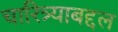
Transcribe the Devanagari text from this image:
चारित्र्याबद्दल